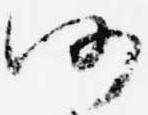
仍